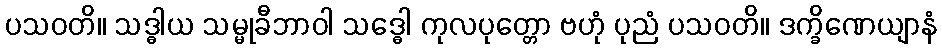
ပသဝတိ။ သဒ္ဓါယ သမ္မုခီဘာဝါ သဒ္ဓေါ ကုလပုတ္တော ဗဟုံ ပုညံ ပသဝတိ။ ဒက္ခိဏေယျာနံ